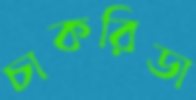
চাকরিডা